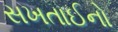
સખતાઈનો